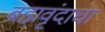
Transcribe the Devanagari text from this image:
ब्रह्मवृंदाचा